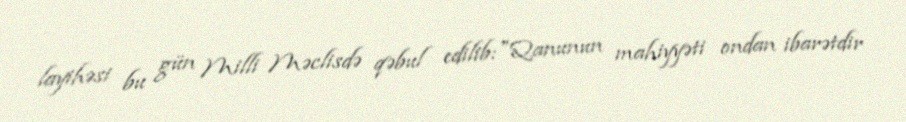
layihəsi bu gün Milli Məclisdə qəbul edilib:"Qanunun mahiyyəti ondan ibarətdir